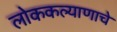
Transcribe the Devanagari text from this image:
लोककल्याणाचे